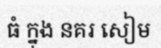
ធំ ក្នុង នគរ សៀម